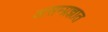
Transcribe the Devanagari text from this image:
असम्प्रज्ञात